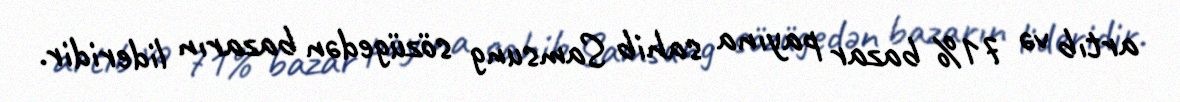
artıb və 71% bazar payına sahib Samsung sözügedən bazarın lideridir.